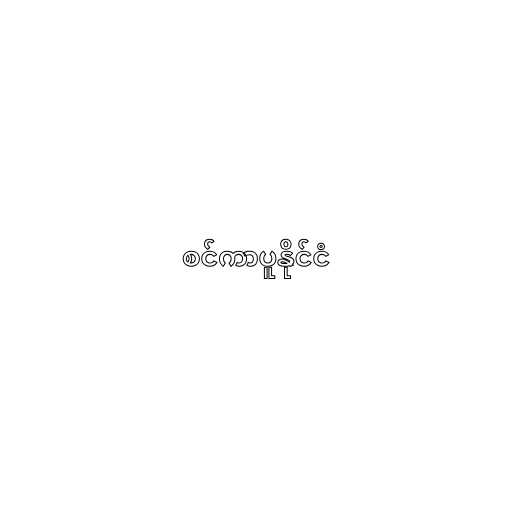
စင်ကာပူနိုင်ငံ